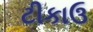
ટીકાઉ